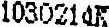
1030214K